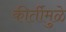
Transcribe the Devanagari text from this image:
कीर्तीमुळे